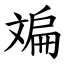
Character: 斒